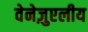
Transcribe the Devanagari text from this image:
वेनेज़ुएलीय